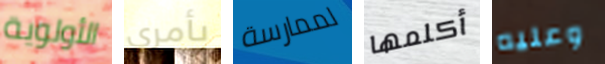
الأولوية بأمري لممارسة أكلمها وعليه